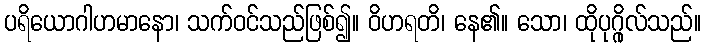
ပရိယောဂါဟမာနော၊ သက်ဝင်သည်ဖြစ်၍။ ဝိဟရတိ၊ နေ၏။ သော၊ ထိုပုဂ္ဂိုလ်သည်။